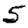
Digit: 5